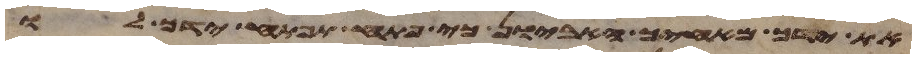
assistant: את ידך מאחיך האביון כי פתח תפתח ידך לו